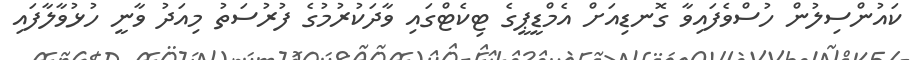
ކައުންސިލުން ހުސްވެފައިވާ ގޮނޑިއަށް އެމްޑީޕީގެ ޓިކެޓްގައި ވާދަކުރުމުގެ ފުރުސަތު މިއަދު ވާނީ ހުޅުވާލާފައި